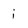
Character: i